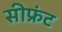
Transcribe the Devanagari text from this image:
सीफ्रंट